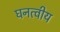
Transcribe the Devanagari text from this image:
घनत्वीय